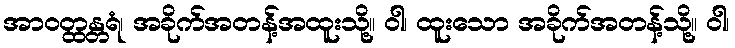
အာဝတ္ထန္တရံ၊ အခိုက်အတန့်အထူးသို့။ ဝါ၊ ထူးသော အခိုက်အတန့်သို့။ ဝါ၊